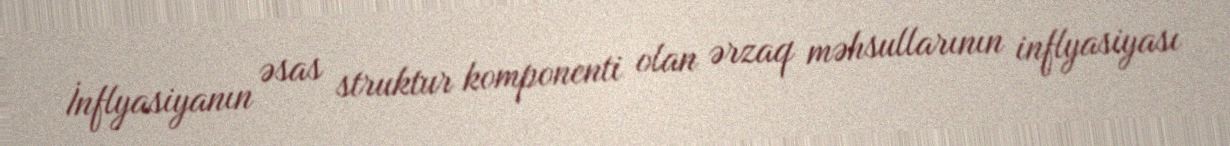
İnflyasiyanın əsas struktur komponenti olan ərzaq məhsullarının inflyasiyası